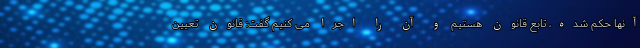
آنها حکم شده، تابع قانون هستیم و آن را اجرا می کنیم گفت: قانون تعیین